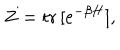
Z = \mathrm { t r } \, [ e ^ { - \beta H } ] ,